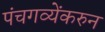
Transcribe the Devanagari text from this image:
पंचगव्येंकरुन